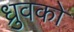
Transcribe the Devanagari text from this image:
ध्रुवको